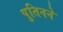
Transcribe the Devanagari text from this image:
पुतिनने